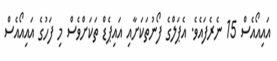
އައިއޯއެސް 15 ނެރެފައެވެ. އެޕަލްގެ ފޯނުތަކަށާއި އައިޕެޑް ތަކަށްވެސް މި ފަހުގެ އައިއޯއެސް